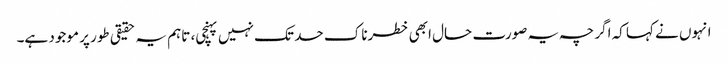
انہوں نے کہا کہ اگرچہ یہ صورت حال ابھی خطرناک حد تک نہیں پہنچی، تاہم یہ حقیقی طور پر موجود ہے۔